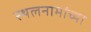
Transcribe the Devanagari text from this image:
स्थलनामांच्या